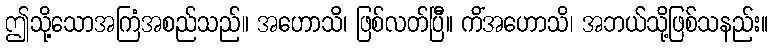
ဤသို့သောအကြံအစည်သည်။ အဟောသိ၊ ဖြစ်လတ်ပြီ။ ကိံအဟောသိ၊ အဘယ်သို့ဖြစ်သနည်း။